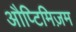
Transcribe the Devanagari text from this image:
औप्टिमिज़म